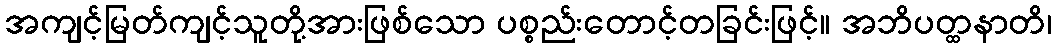
အကျင့်မြတ်ကျင့်သူတို့အားဖြစ်သော ပစ္စည်းတောင့်တခြင်းဖြင့်။ အဘိပတ္ထနာတိ၊